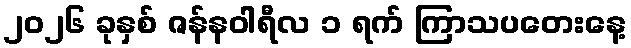
၂၀၂၆ ခုနှစ် ဇန်နဝါရီလ ၁ ရက် ကြာသပတေးနေ့